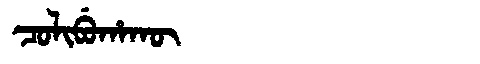
Manchu: ᠴᠣᠯᡳᠪᡠᡥᠠᡴᡡ
Romanization: COLIBUHAKŪ